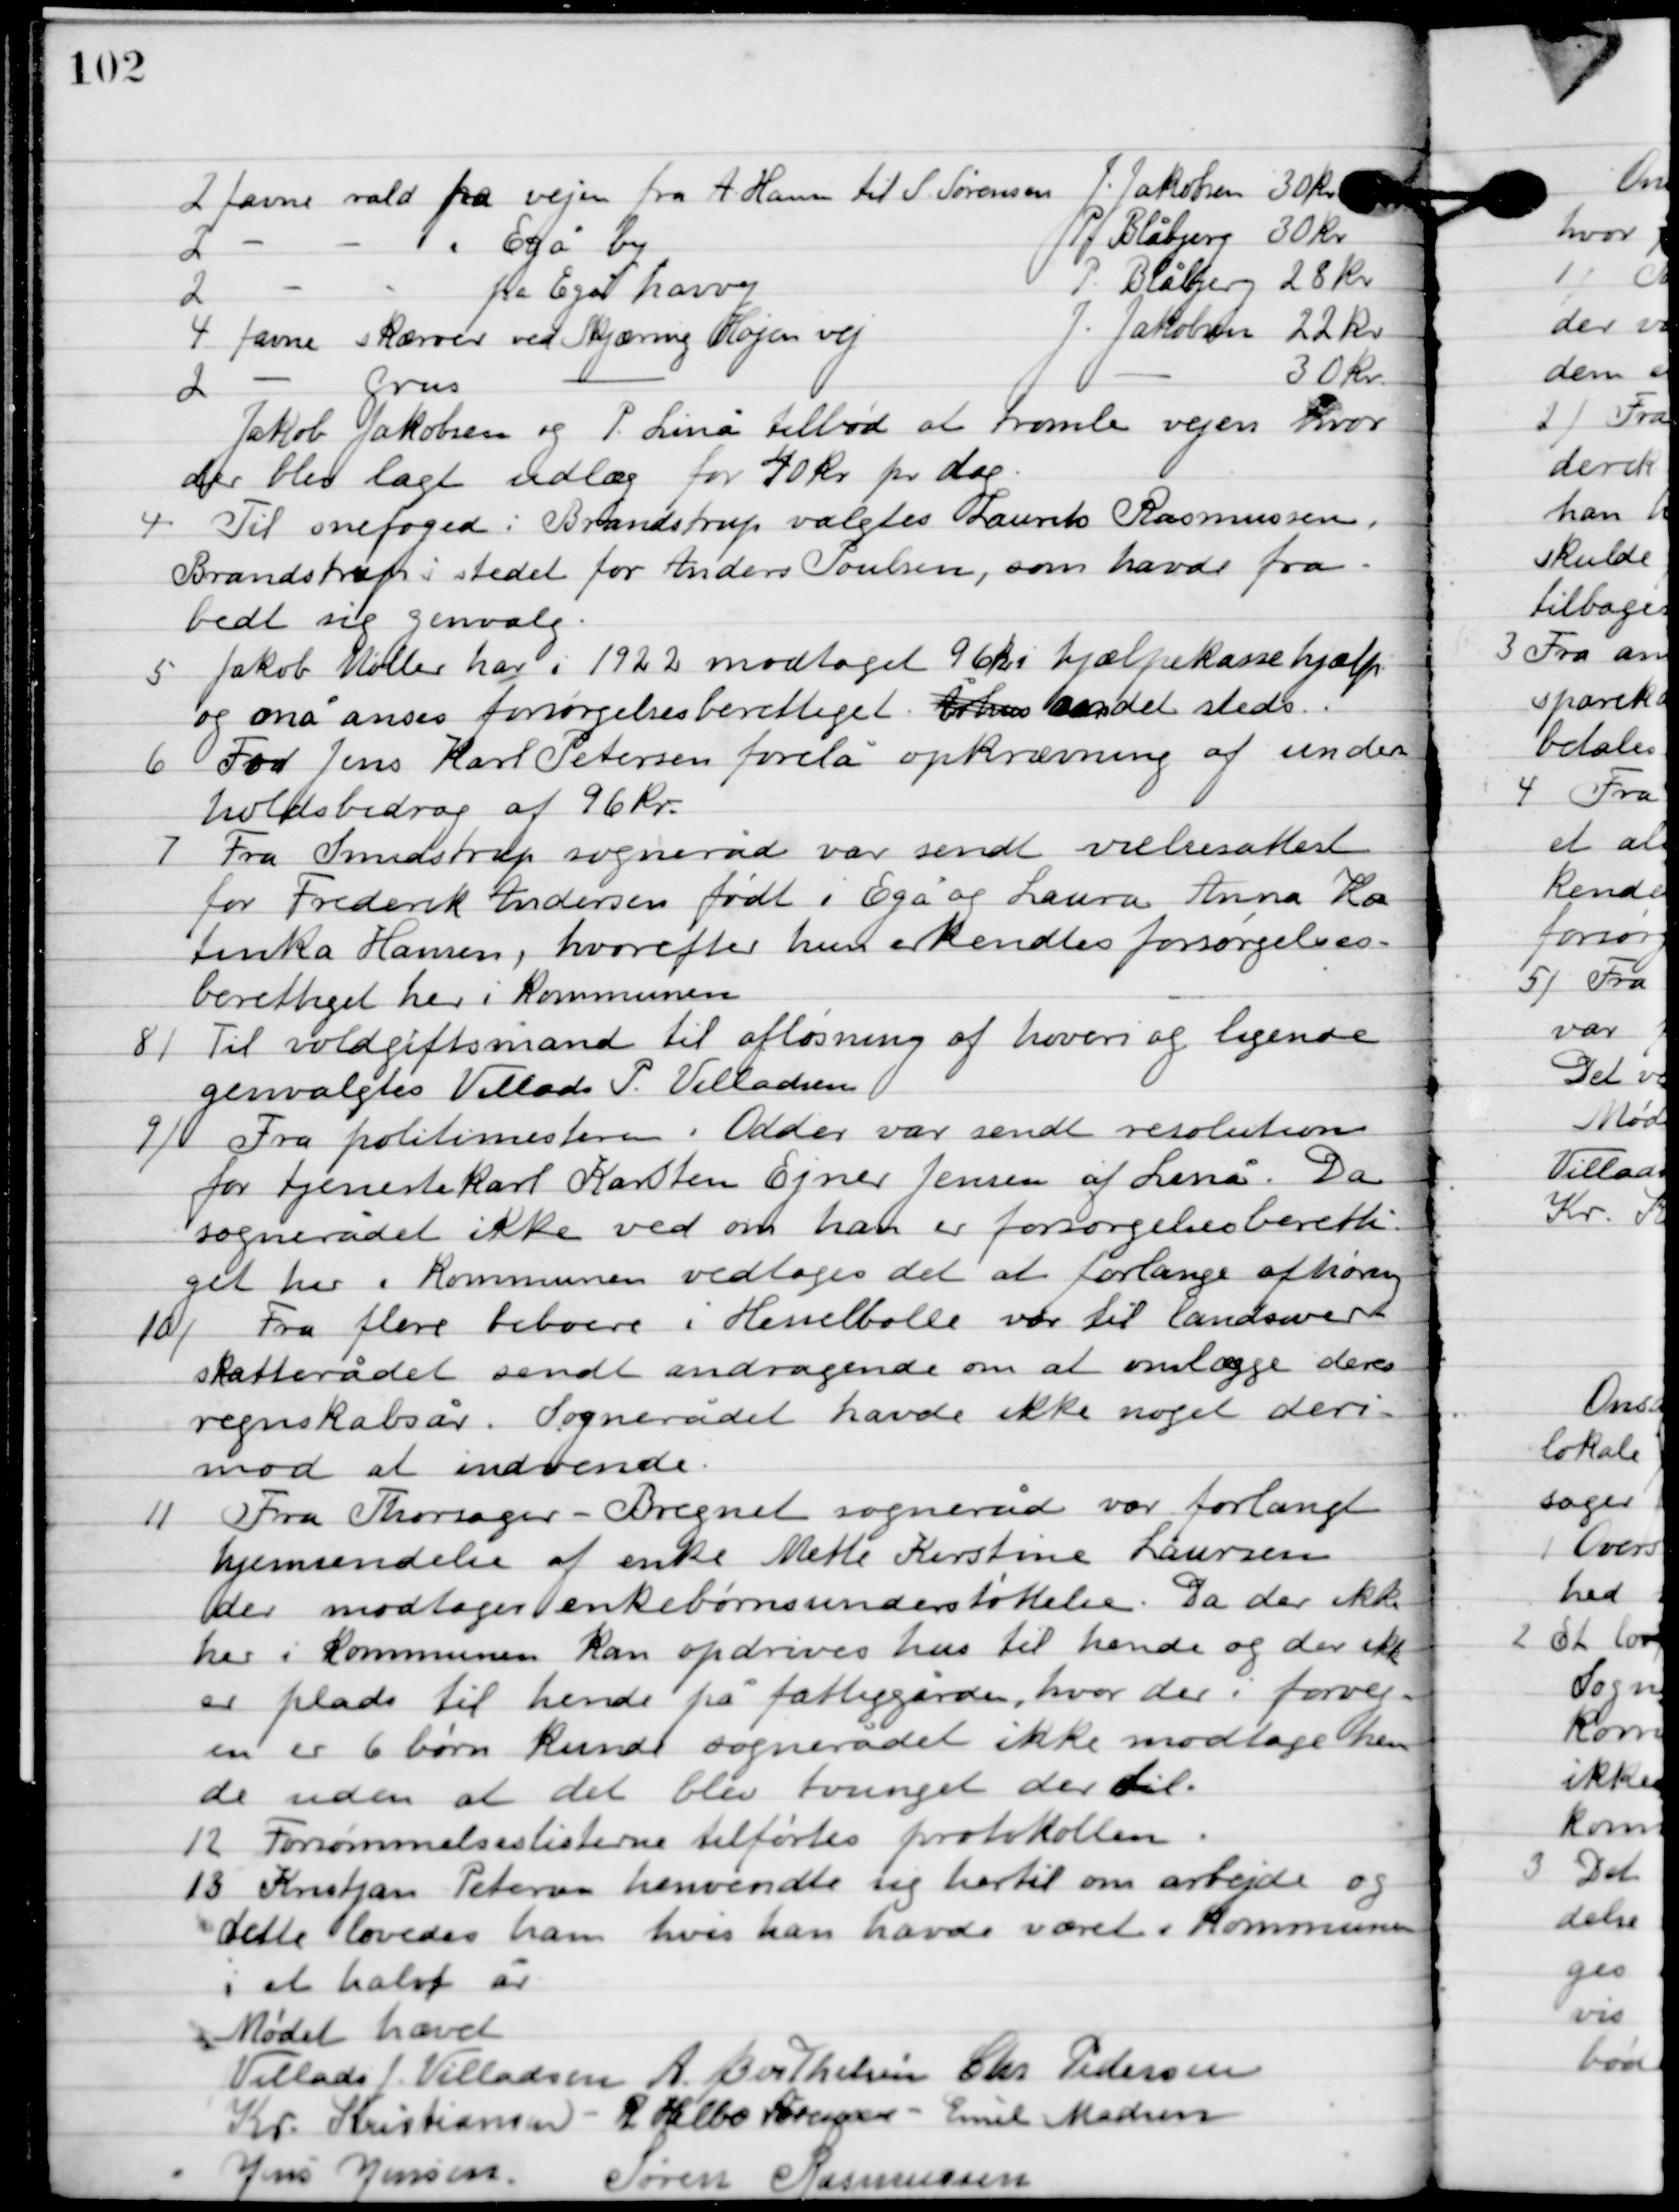
Transskription:
Jakob Jakobsen og P. Linå tilbød at tromle vejen hvor
der blev lagt udlæg for 40 kr. pr. dag.

4

Til snefoged: Brandstrup vagtes Laurits Rasmussen.
Brandstrup i stedet for Anders Poulsen, som havde fra-
bedt sig genvalg.

5

Jakob Møller har i 1922 modtaget 96 kr. hjælpekassehjælp
og må anses forsørgelses berettiget.

6

For Jens Karl Peterssen forelå opkrævning af under-
holdsbidrag af 96 kr.

7

Fra Smidstrup sogneråd var sendt vielsesattest
for Frederik Andersen født i Egå og Laura Anna Ka-
tinka Hansen, hvorefter hun erkendtes forsørgelses-
berettiget her i kommunen.

8

Til voldgiftsmand til afløsning a hoveri og lignede
genvalgtes Villads P. Villadsen.

9

Fra politimesteren i Odder var sendt resolution
for tjenestekarl Karsten Ejner Jensen af Linå. Da
sognerådet ikke ved om han er forsørgelsesberetti-
get her i kommunen vedtoges det at forlange afhøring.

10

Fra flere beboere i Hesselballe var til landserhvervs-
skatterådet sendt andragende om at omlægge deres
regnskabsår. Sognerådet havde ikke noget deri-
mod at indvende.

11

Fra Thorsager-Bregnet sogneråd var forlangt
hjemsendelse af enke Mette Kirstine Laursen
der modtager enke børneunderstøttelse. Da der ikke
her i kommunen kan opdrives hus til hende og der ikke
er plads til hende på fattiggården, hvor der i forvej-
en er 6 børn kunde sognerådet ikke modtage hen-
de uden at det blev tvunget der til.

12

Forsømmelseslisterne tilførtes protokollen.

13

Kristjan Petersen henvendte sig hertil om arbejde og
dette lovedes ham hvis han havde været i kommunen
i et halvt år.

Mødet hævet.

Villads J. Villadsen
A. Berthelsen
Chr. Pedersen
Kr. Kristiansen
R. Helbo Sørensen
Emil Madsen
Jens Jensen
Søren Rasmussen